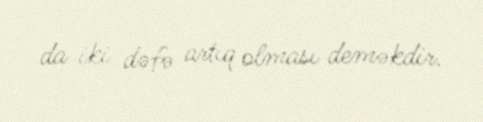
da iki dəfə artıq olması deməkdir.